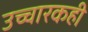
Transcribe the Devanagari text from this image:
उच्चारकही